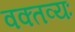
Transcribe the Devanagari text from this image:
वक्तव्यः